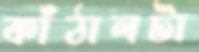
কাঁঠালটা